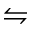
\leftrightharpoons